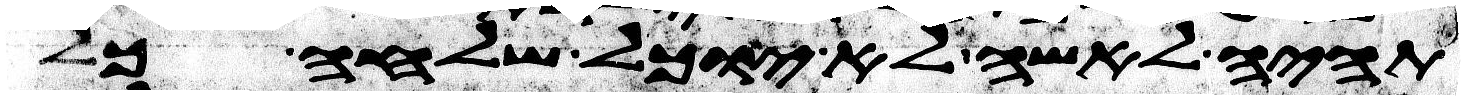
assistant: תהיה לאשה לא יוכל שלחה כל